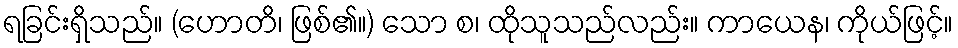
ရခြင်းရှိသည်။ (ဟောတိ၊ ဖြစ်၏။) သော စ၊ ထိုသူသည်လည်း။ ကာယေန၊ ကိုယ်ဖြင့်။